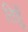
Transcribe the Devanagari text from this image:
तिहूँ